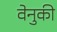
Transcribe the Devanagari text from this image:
वेनुकी